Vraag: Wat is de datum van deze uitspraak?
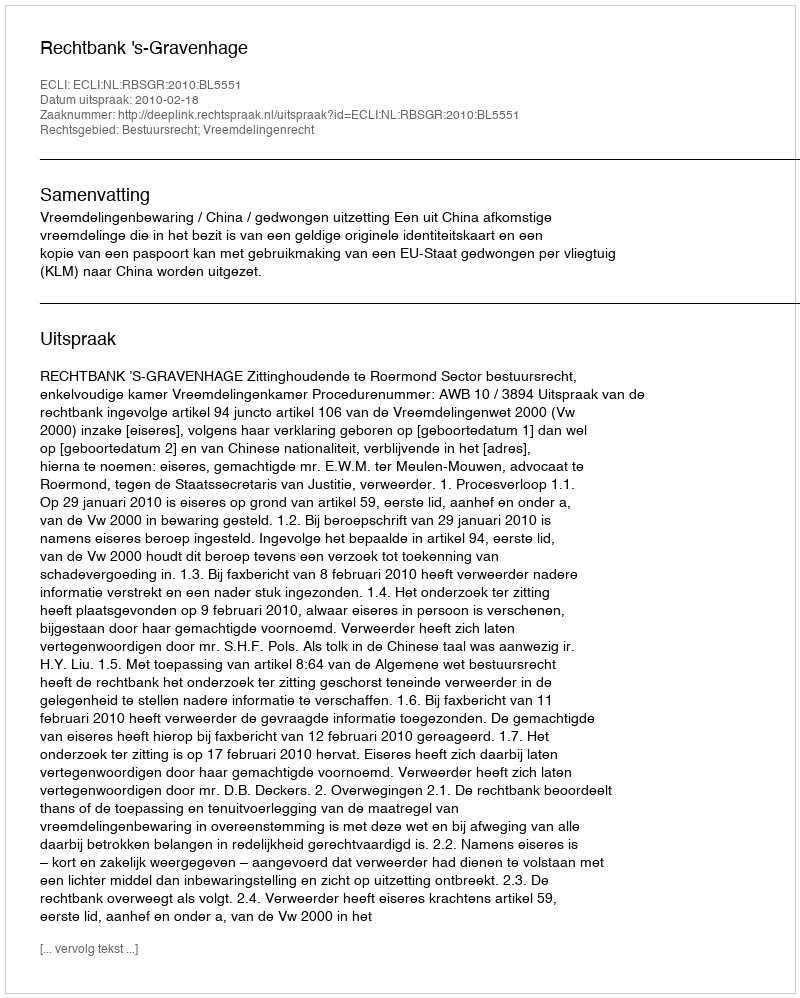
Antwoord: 2010-02-18